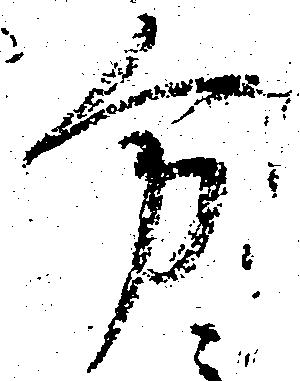
方